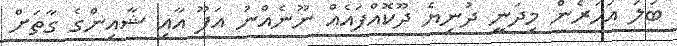
ބަލަ އަހަރެން މިދަނީ ދުނިޔެ ދޫކޮއްފައެއް ނޫނެއްނު އަފޫ އާއި ޝާއިންގެ ގާތަށް